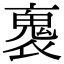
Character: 褢